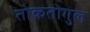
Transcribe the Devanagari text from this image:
तोकतोगुल